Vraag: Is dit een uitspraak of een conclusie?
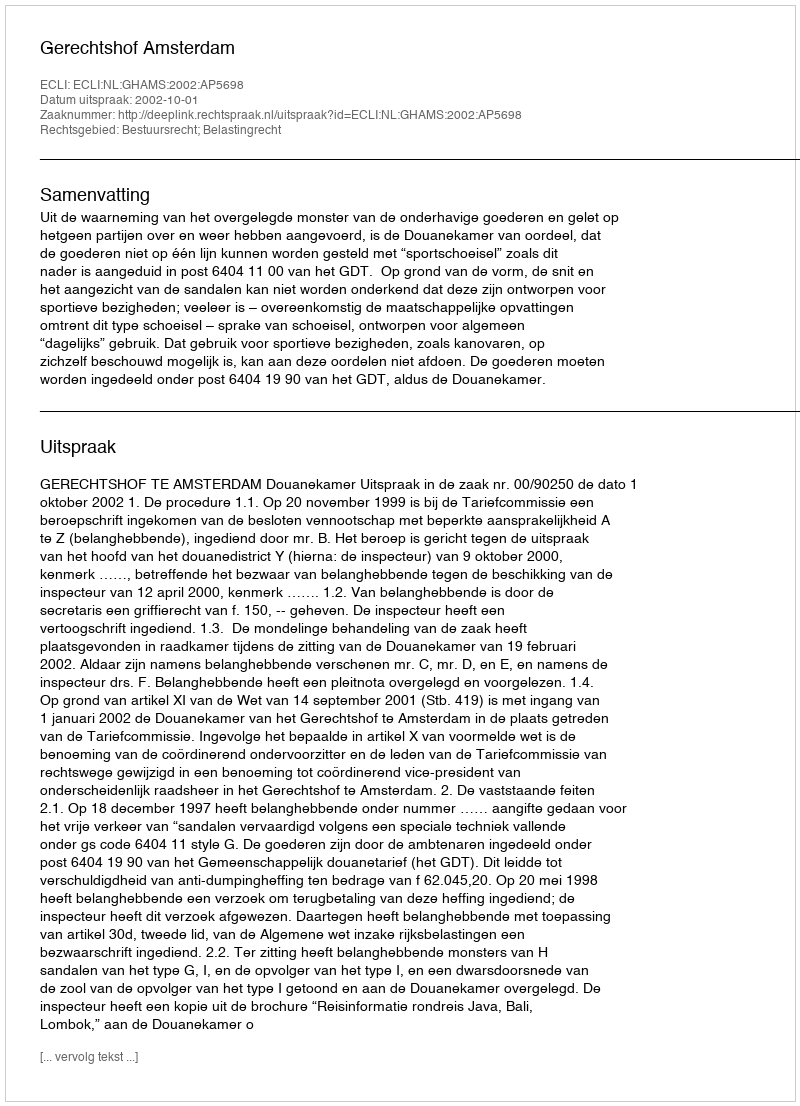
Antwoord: Uitspraak